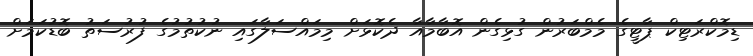
ޑިމޮކްރަޓިކް ޕާޓީގެ މެމްބަރުން ގުޅިގެން އޮބާމާއާ ދެކޮޅަށް މިމައްސަލާގައި ނުކުތުމުގެ ފުރުސަތު ބޮޑުކަމަށް